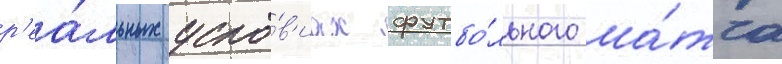
р'еа́льных усло́в'иах футбо́льного ма́тча